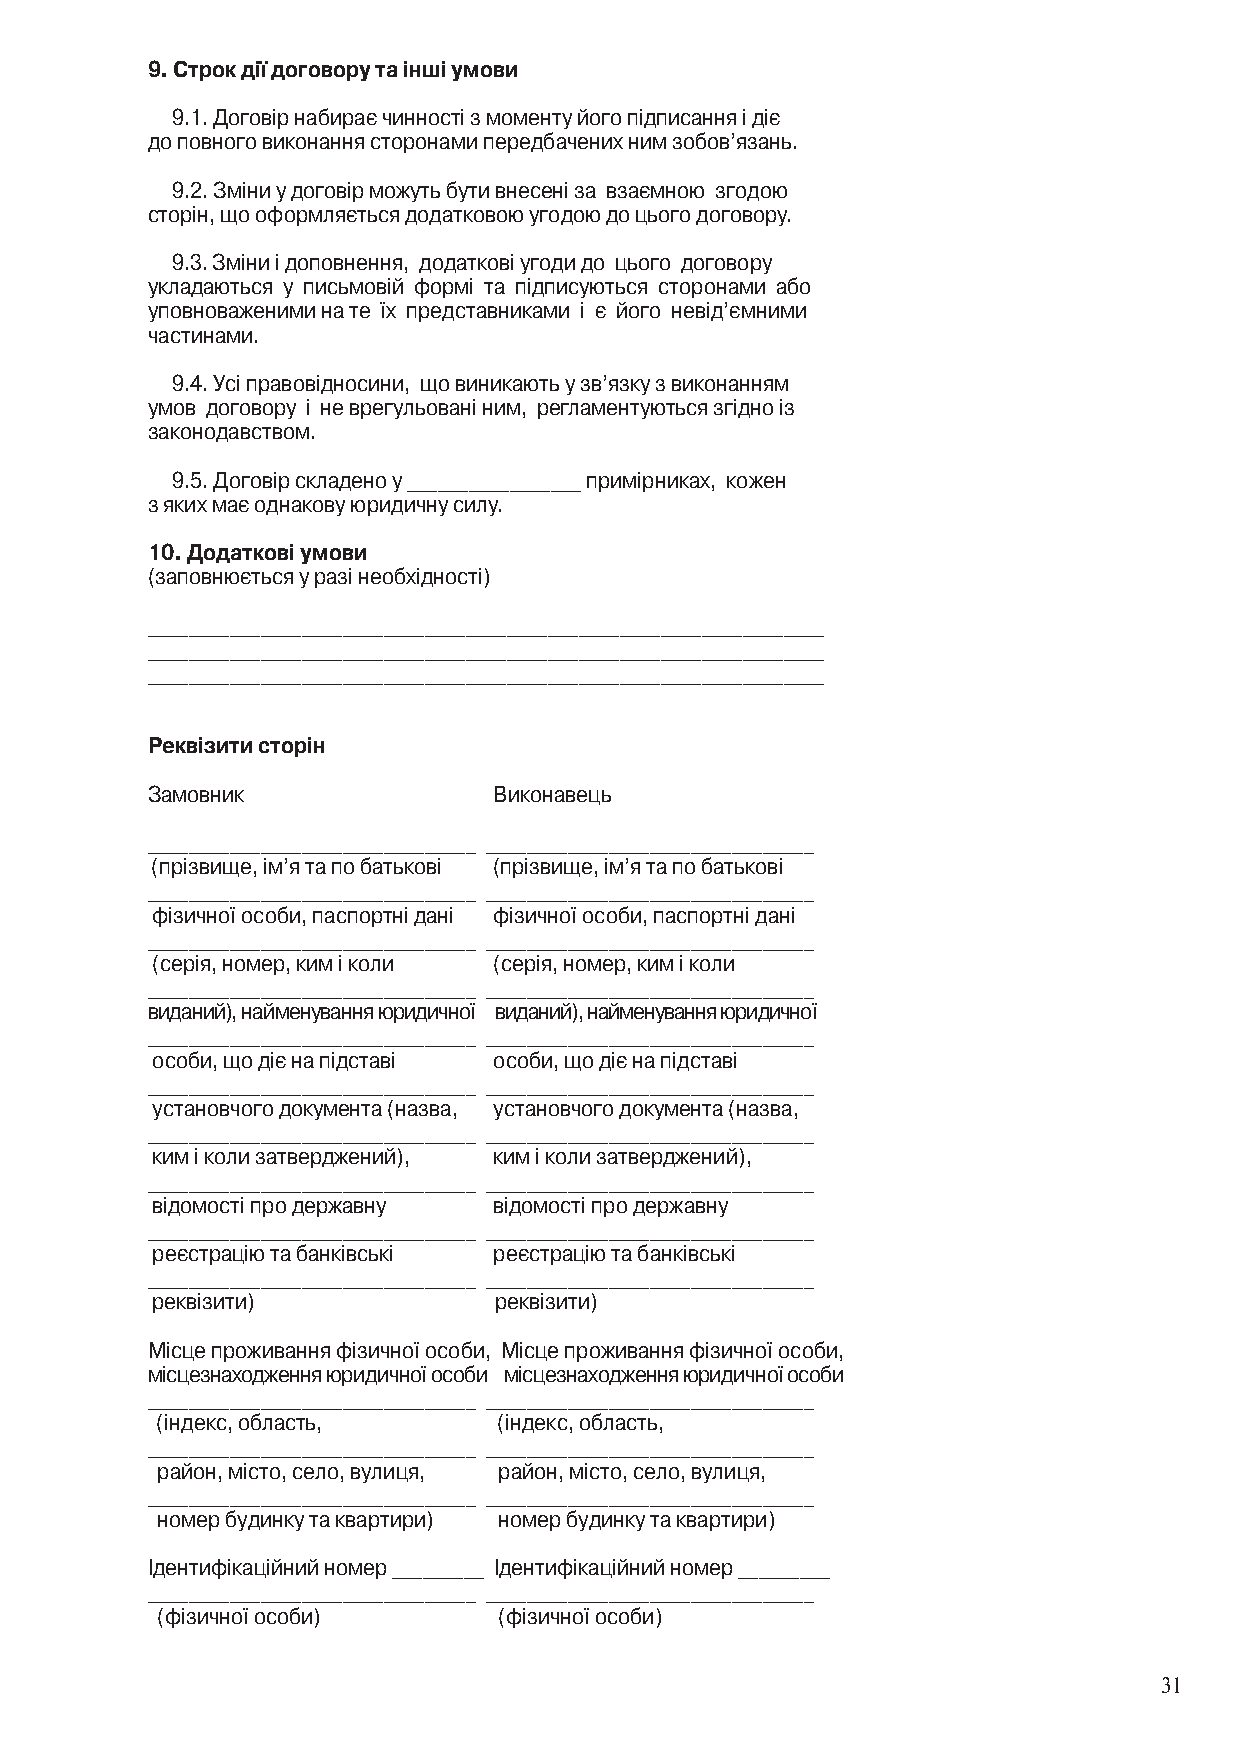
9. Строк дії договору та інші умови
 9.1. Договір набирає чинності з моменту його підписання і діє
 до повного виконання сторонами передбачених ним зобов’язань.
 9.2. Зміни у договір можуть бути внесені за взаємною згодою
 сторін, що оформляється додатковою угодою до цього договору.
 9.3. Зміни і доповнення, додаткові угоди до цього договору
 укладаються у письмовій формі та підписуються сторонами або
 уповноваженими на те їх представниками і є його невід’ємними
 частинами.
 9.4. Усі правовідносини, що виникають у зв’язку з виконанням
 умов договору і не врегульовані ним, регламентуються згідно із
 законодавством.
 9.5. Договір складено у _________________ примірниках, кожен
 з яких має однакову юридичну силу.
 10. Додаткові умови
 (заповнюється у разі необхідності)
 __________________________________________________________________
 __________________________________________________________________
 __________________________________________________________________
 Реквізити сторін
 Замовник               Виконавець
 ________________________________ ________________________________
 (прізвище, ім’я та по батькові (прізвище, ім’я та по батькові
 ________________________________ ________________________________
 фізичної особи, паспортні дані фізичної особи, паспортні дані
 ________________________________ ________________________________
 (серія, номер, ким і коли (серія, номер, ким і коли
 ________________________________ ________________________________
 виданий), найменування юридичної виданий), найменування юридичної
 ________________________________ ________________________________
 особи, що діє на підставі особи, що діє на підставі
 ________________________________ ________________________________
 установчого документа (назва, установчого документа (назва,
 ________________________________ ________________________________
 ким і коли затверджений), ким і коли затверджений),
 ________________________________ ________________________________
 відомості про державну відомості про державну
 ________________________________ ________________________________
 реєстрацію та банківські реєстрацію та банківські
 ________________________________ ________________________________
 реквізити)             реквізити)
 Місце проживання фізичної особи, Місце проживання фізичної особи,
 місцезнаходження юридичної особи місцезнаходження юридичної особи
 ________________________________ ________________________________
 (індекс, область,      (індекс, область,
 ________________________________ ________________________________
 район, місто, село, вулиця, район, місто, село, вулиця,
 ________________________________ ________________________________
 номер будинку та квартири) номер будинку та квартири)
 Ідентифікаційний номер _________ Ідентифікаційний номер _________
 ________________________________ ________________________________
 (фізичної особи)       (фізичної особи)
 